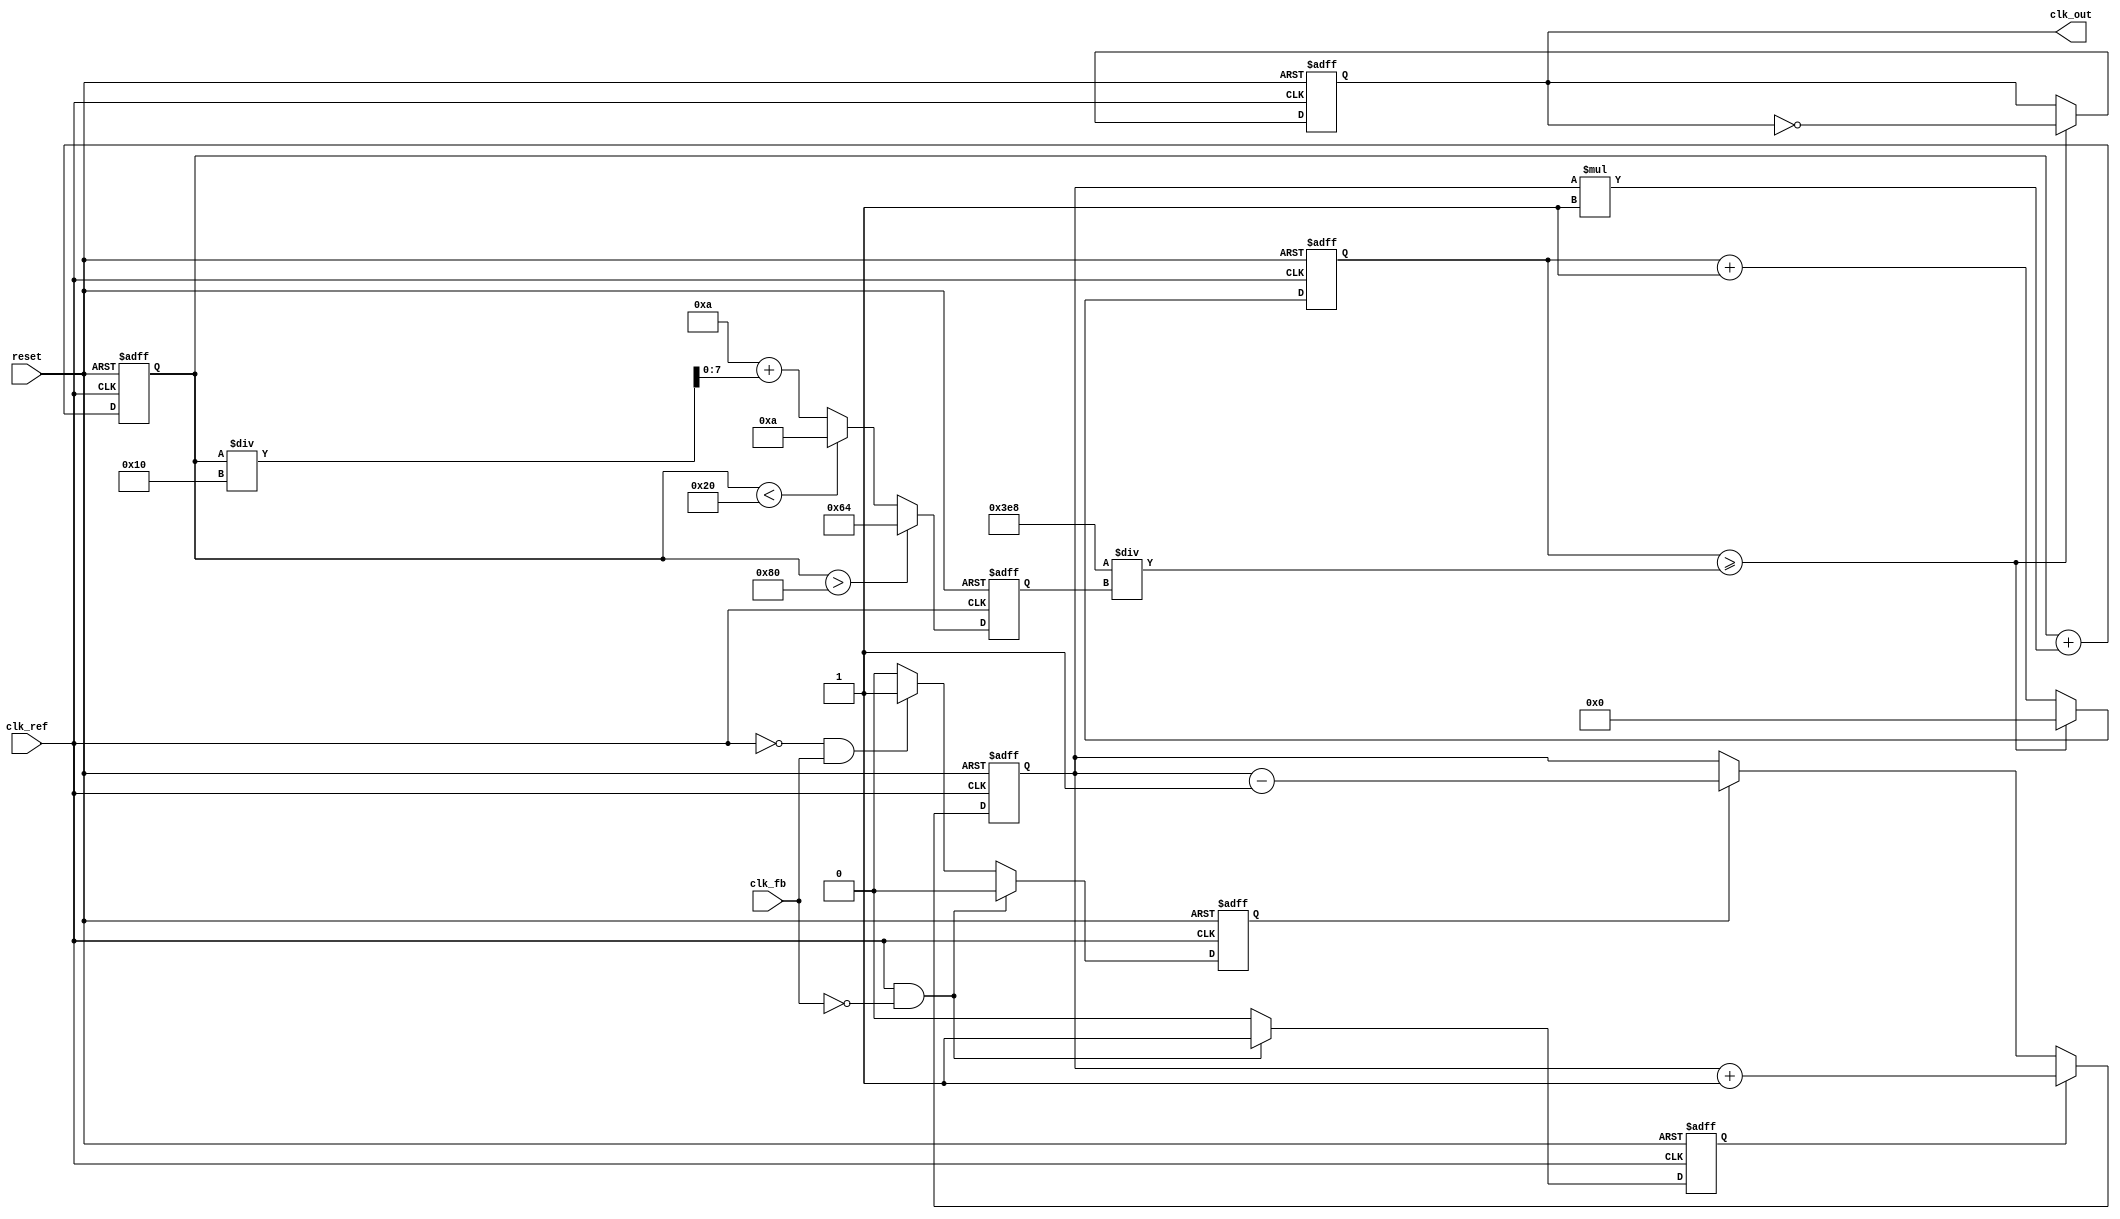
module pll (
    input wire clk_ref,          // Reference clock input
    input wire clk_fb,           // Feedback clock input
    input wire reset,            // Asynchronous reset
    output reg clk_out           // Output clock
);

// Parameters
parameter VCO_MAX_FREQ = 100; // Maximum frequency of VCO
parameter VCO_MIN_FREQ = 10;   // Minimum frequency of VCO
parameter LOOP_FILTER_GAIN = 1; // Gain for loop filter

// Internal signals
reg up, down;                   // Signals from PFD
reg [7:0] charge;               // Charge pump output
reg [7:0] vco_control;          // Control voltage for VCO
reg [7:0] vco_freq;             // Current frequency of VCO
reg [31:0] counter;             // Counter for generating output clock

// Phase Frequency Detector (PFD)
always @(posedge clk_ref or posedge reset) begin
    if (reset) begin
        up <= 0;
        down <= 0;
    end else begin
        if (clk_ref && !clk_fb) begin
            up <= 1;   // Reference clock is leading
            down <= 0;
        end else if (!clk_ref && clk_fb) begin
            up <= 0;
            down <= 1; // Feedback clock is leading
        end else begin
            up <= 0;
            down <= 0; // No phase difference
        end
    end
end

// Charge Pump
always @(posedge clk_ref or posedge reset) begin
    if (reset) begin
        charge <= 0;
    end else begin
        if (up) begin
            charge <= charge + 1; // Increase charge
        end else if (down) begin
            charge <= charge - 1; // Decrease charge
        end
    end
end

// Loop Filter (Simple first-order)
always @(posedge clk_ref or posedge reset) begin
    if (reset) begin
        vco_control <= 0;
    end else begin
        vco_control <= vco_control + (charge * LOOP_FILTER_GAIN);
    end
end

// Voltage-Controlled Oscillator (VCO)
always @(posedge clk_ref or posedge reset) begin
    if (reset) begin
        vco_freq <= VCO_MIN_FREQ; // Start at minimum frequency
    end else begin
        // Adjust VCO frequency based on control voltage
        if (vco_control > 128) begin
            vco_freq <= VCO_MAX_FREQ; // Max frequency
        end else if (vco_control < 32) begin
            vco_freq <= VCO_MIN_FREQ; // Min frequency
        end else begin
            vco_freq <= VCO_MIN_FREQ + (vco_control / 16); // Linear scaling
        end
    end
end

// Output Clock Generation
always @(posedge clk_ref or posedge reset) begin
    if (reset) begin
        counter <= 0;
        clk_out <= 0;
    end else begin
        counter <= counter + 1;
        if (counter >= (1000 / vco_freq)) begin // Adjust based on vco_freq
            clk_out <= ~clk_out; // Toggle output clock
            counter <= 0;
        end
    end
end

endmodule